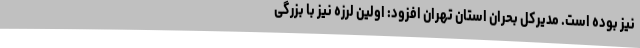
نیز بوده است. مدیرکل بحران استان تهران افزود: اولین لرزه نیز با بزرگی